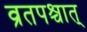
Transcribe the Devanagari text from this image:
व्रतपश्चात्‌